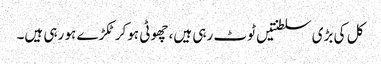
کل کی بڑی سلطنتیں ٹوٹ رہی ہیں، چھوٹی ہوکر ٹکڑے ہو رہی ہیں۔